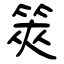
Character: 筴